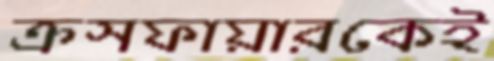
ক্রসফায়ারকেই